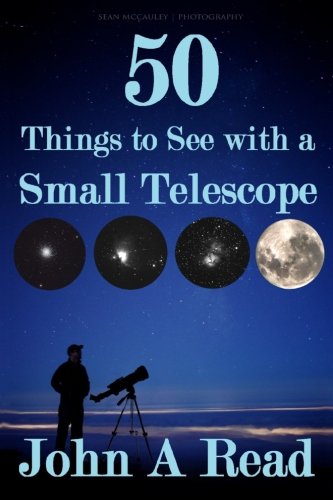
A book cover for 50 Things To See With A Small Telescope; John A Read; Science & Math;